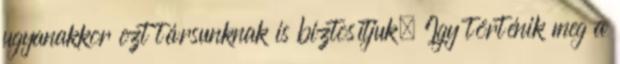
ugyanakkor ezt társunknak is biztosítjuk. Igy történik meg a